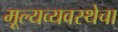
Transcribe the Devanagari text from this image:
मूल्यव्यवस्थेचा